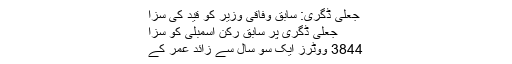
جعلی ڈگری: سابق وفاقی وزیر کو قید کی سزا
جعلی ڈگری پر سابق رکن اسمبلی کو سزا
3844 ووٹرز ایک سو سال سے زائد عمر کے